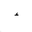
Letter: _hamza